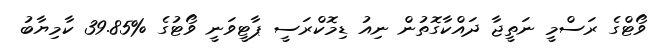
ވޯޓްގެ ރަސްމީ ނަތީޖާ ދައްކާގޮތުން ނިއު ޑިމޮކްރަސީ ޕާޓީވަނީ ވޯޓުގެ %39.85 ކާމިޔާބު